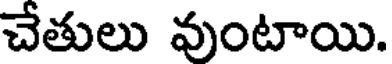
చేతులు వుంటాయి.